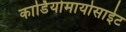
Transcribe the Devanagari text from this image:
कार्डियोमायोसाईट